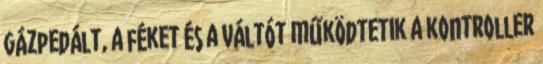
gázpedált, a féket és a váltót működtetik a kontroller